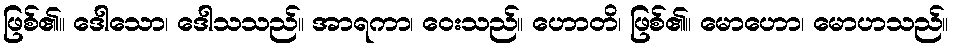
ဖြစ်၏။ ဒေါသော၊ ဒေါသသည်။ အာရကာ၊ ဝေးသည်။ ဟောတိ၊ ဖြစ်၏။ မောဟော၊ မောဟသည်။